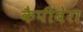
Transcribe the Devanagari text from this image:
कैपीबेरा